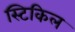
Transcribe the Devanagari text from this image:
स्टिकिल